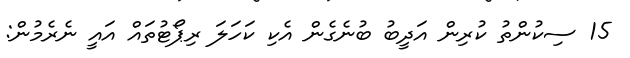
15 ސިކުންތު ކުރިން އަދީބު ބުނެގެން އެކި ކަހަލަ ރިޕޯޓުތައް އައީ ނެރެމުން: